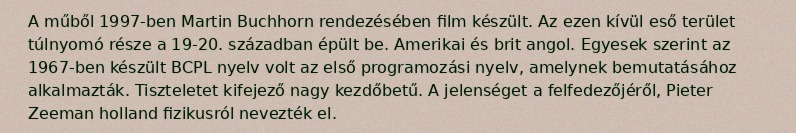
A műből 1997-ben Martin Buchhorn rendezésében film készült. Az ezen kívül eső terület túlnyomó része a 19-20. században épült be. Amerikai és brit angol. Egyesek szerint az 1967-ben készült BCPL nyelv volt az első programozási nyelv, amelynek bemutatásához alkalmazták. Tiszteletet kifejező nagy kezdőbetű. A jelenséget a felfedezőjéről, Pieter Zeeman holland fizikusról nevezték el.